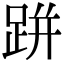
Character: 跰